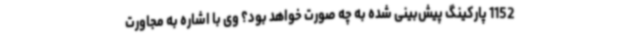
1152 پارکینگ پیش‌بینی شده به چه صورت خواهد بود؟ وی با اشاره به مجاورت